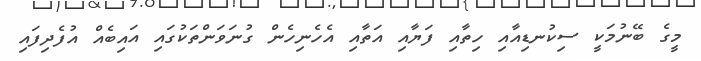
މީގެ ބޭނުމަކީ ސިކުނޑިއާއި ހިތާއި ފަޔާއި އަތާއި އެހެނިހެން ގުނަވަންތަކުގައި އައިބެއް އުފެދިފައި